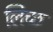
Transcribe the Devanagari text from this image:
लिच्छ